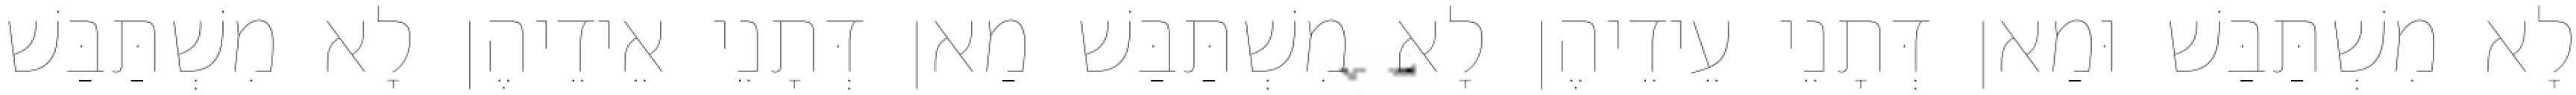
לָא מִשְׁתַּבַּשׁ וּמַאן דְּתָנֵי עֵידֵיהֶן לָא מִשְׁתַּבַּשׁ מַאן דְּתָנֵי אֵידֵיהֶן לָא מִשְׁתַּבַּשׁ